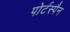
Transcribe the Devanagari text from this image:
पोर्टस्पैन